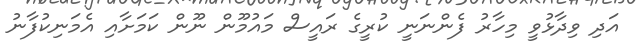
އަދި ވިދާޅުވީ މިހާރު ފެންނަނީ ކުރީގެ ރައީސް މައުމޫން ނޫން ކަމަށާއި އެމަނިކުފާނު